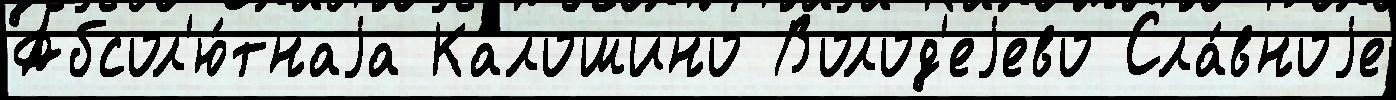
Абсол'ю́тнаjа Калошино Волод'еjево Сла́вноjе